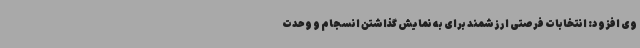
وی افزود: انتخابات فرصتی ارزشمند برای به نمایش گذاشتن انسجام و وحدت